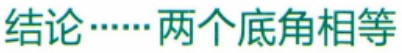
结论……两个底角相等